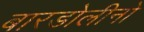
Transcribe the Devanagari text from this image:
बारडोलीनो